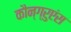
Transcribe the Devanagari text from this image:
कौन्ग्रुएंस